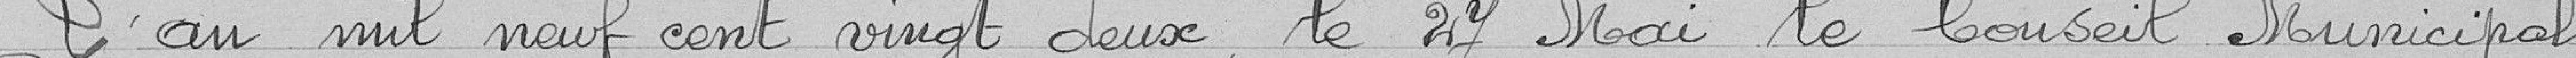
L'an mil neuf cent vingt-deux le 27 mai, le conseil municipal